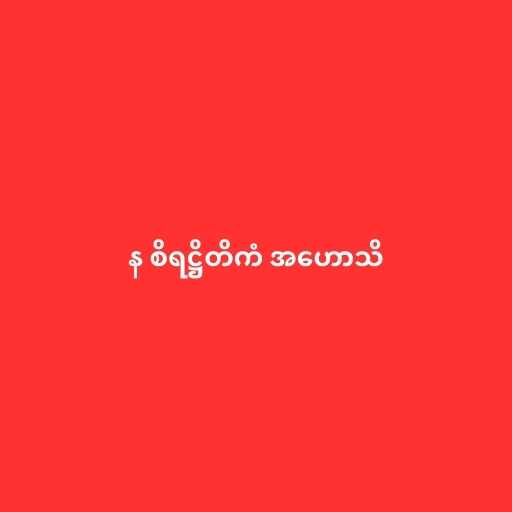
န စိရဋ္ဌိတိကံ အဟောသိ